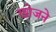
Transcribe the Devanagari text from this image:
खो़जने